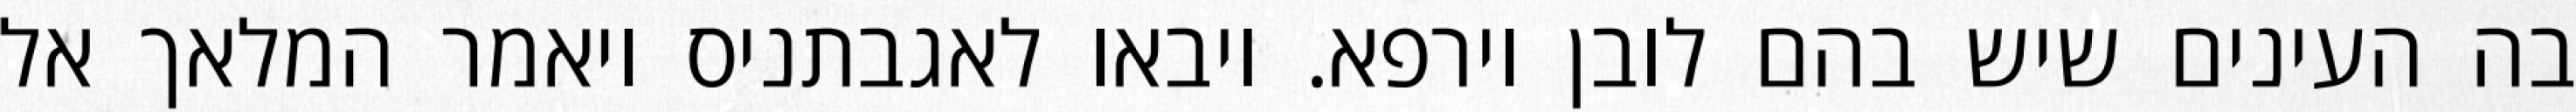
בה העינים שיש בהם לובן וירפא. ויבאו לאגבתניס ויאמר המלאך אל